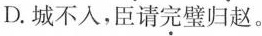
D.城不人，臣请\underset{·}{完}璧归赵。